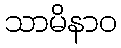
သာမိနာဝ